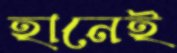
হানেই